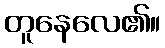
တူနေလေ၏။